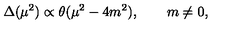
\Delta ( \mu ^ { 2 } ) \propto \theta ( \mu ^ { 2 } - 4 m ^ { 2 } ) , \qquad m \ne 0 ,